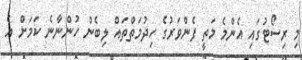
މި ރިސޯޓުގައި އެންމެ މަތީ ފެންވަރުގެ ހިދުމަތްތައް ލިބެން ހުންނާނެ ކަމަށް އެ